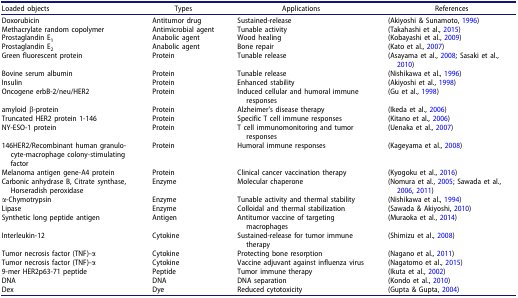
| Loaded objects | Types | Applications | References |
 | --- | --- | --- | --- |
 | Doxorubicin | Antitumor drug | Sustained-release | (Akiyoshi & Sunamoto, 1996) |
 | Methacrylate random copolymer | Antimicrobial agent | Tunable activity | (Takahashi et al., 2015) |
 | Prostaglandin E1 | Anabolic agent | Wood healing | (Kobayashi et al., 2009) |
 | Prostaglandin E2 | Anabolic agent | Bone repair | (Kato et al., 2007) |
 | Green fluorescent protein | Protein | Tunable release | (Asayama et al., 2008; Sasaki et al., 2010) |
 | Bovine serum albumin | Protein | Tunable release | (Nishikawa et al., 1996) |
 | Insulin | Protein | Enhanced stability | (Akiyoshi et al., 1998) |
 | Oncogene erbB-2/neu/HER2 | Protein | Induced cellular and humoral immune responses | (Gu et al., 1998) |
 | amyloid β-protein | Protein | Alzheimer’s disease therapy | (Ikeda et al., 2006) |
 | Truncated HER2 protein 1-146 | Protein | Specific T cell immune responses | (Kitano et al., 2006) |
 | NY-ESO-1 protein | Protein | T cell immunomonitoring and tumor responses | (Uenaka et al., 2007) |
 | 146HER2/Recombinant human granulocyte-macrophage colony-stimulating factor | Protein | Humoral immune responses | (Kageyama et al., 2008) |
 | Melanoma antigen gene-A4 protein | Protein | Clinical cancer vaccination therapy | (Kyogoku et al., 2016) |
 | Carbonic anhydrase B, Citrate synthase, Horseradish peroxidase | Enzyme | Molecular chaperone | (Nomura et al., 2005; Sawada et al., 2006, 2011) |
 | α-Chymotrypsin | Enzyme | Tunable activity and thermal stability | (Nishikawa et al., 1994) |
 | Lipase | Enzyme | Colloidal and thermal stabilization | (Sawada & Akiyoshi, 2010) |
 | Synthetic long peptide antigen | Antigen | Antitumor vaccine of targeting macrophages | (Muraoka et al., 2014) |
 | Interleukin-12 | Cytokine | Sustained-release for tumor immune therapy | (Shimizu et al., 2008) |
 | Tumor necrosis factor (TNF)-α | Cytokine | Protecting bone resorption | (Nagano et al., 2011) |
 | Tumor necrosis factor (TNF)-α | Cytokine | Vaccine adjuvant against influenza virus | (Nagatomo et al., 2015) |
 | 9-mer HER2p63-71 peptide | Peptide | Tumor immune therapy | (Ikuta et al., 2002) |
 | DNA | DNA | DNA separation | (Kondo et al., 2010) |
 | Dex | Dye | Reduced cytotoxicity | (Gupta & Gupta, 2004) |